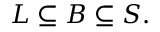
L \subseteq B \subseteq S .